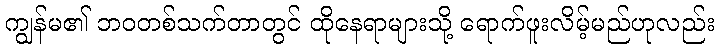
ကျွန်မ၏ ဘဝတစ်သက်တာတွင် ထိုနေရာများသို့ ရောက်ဖူးလိမ့်မည်ဟုလည်း